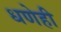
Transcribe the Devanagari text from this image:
धणेही